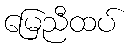
မြေညီထပ်